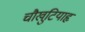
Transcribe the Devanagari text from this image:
चौखुटियाहृ